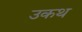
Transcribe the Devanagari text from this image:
उकथ